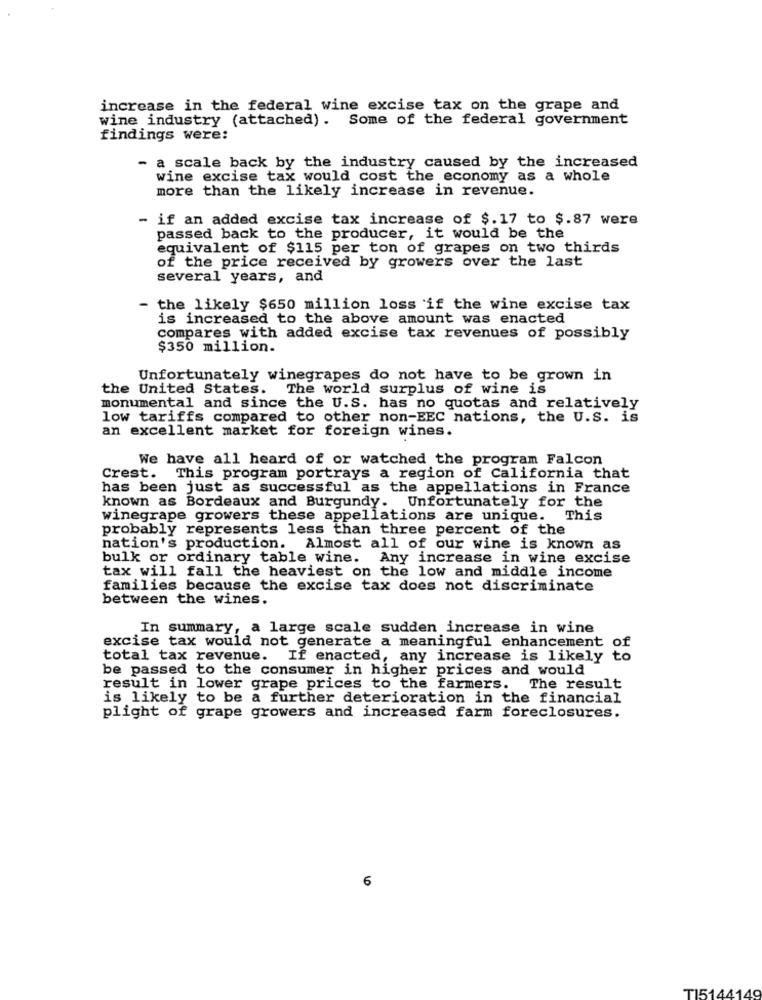
increase in the federal wine excise tax on the grape and
wine industry (attached). Some of the federal government
findings were:
- a scale back by the industry caused by the increased
wine excise tax would cost the economy as a whole
more than the likely increase in revenue.
- if an added excise tax increase of $.17 to $.87 were
passed back to the producer, it would be the
equivalent of $115 per ton of grapes on two thirds
of the price received by growers over the last
several years, and
the likely $650 million loss if the wine excise tax
is increased to the above amount was enacted
compares with added excise tax revenues of possibly
$350 million.
Unfortunately winegrapes do not have to be grown in
the United States. The world surplus of wine is
monumental and since the U.S. has no quotas and relatively
low tariffs compared to other non-EEC nations, the U.S. is
an excellent market for foreign wines.
We have all heard of or watched the program Falcon
Crest. This program portrays a region of California that
has been just as successful as the appellations in France
known as Bordeaux and Burgundy. Unfortunately for the
winegrape growers these appellations are unique. This
probably represents less than three percent of the
nation's production. Almost all of our wine is known as
bulk or ordinary table wine. Any increase in wine excise
tax will fall the heaviest on the low and middle income
families because the excise tax does not discriminate
between the wines.
In summary, a large scale sudden increase in wine
excise tax would not generate a meaningful enhancement of
total tax revenue. If enacted, any increase is likely to
be passed to the consumer in higher prices and would
result in lower grape prices to the farmers. The result
is likely to be a further deterioration in the financial
plight of grape growers and increased farm foreclosures.
6
T15144149